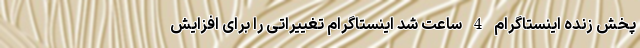
پخش زنده اینستاگرام 4 ساعت شد اینستاگرام تغییراتی را برای افزایش